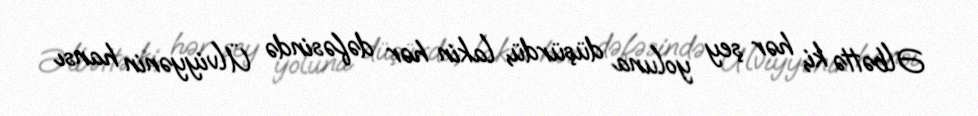
Əlbəttə ki, hər şey yoluna düşürdü, lakin hər dəfəsində Ülviyyənin hansı